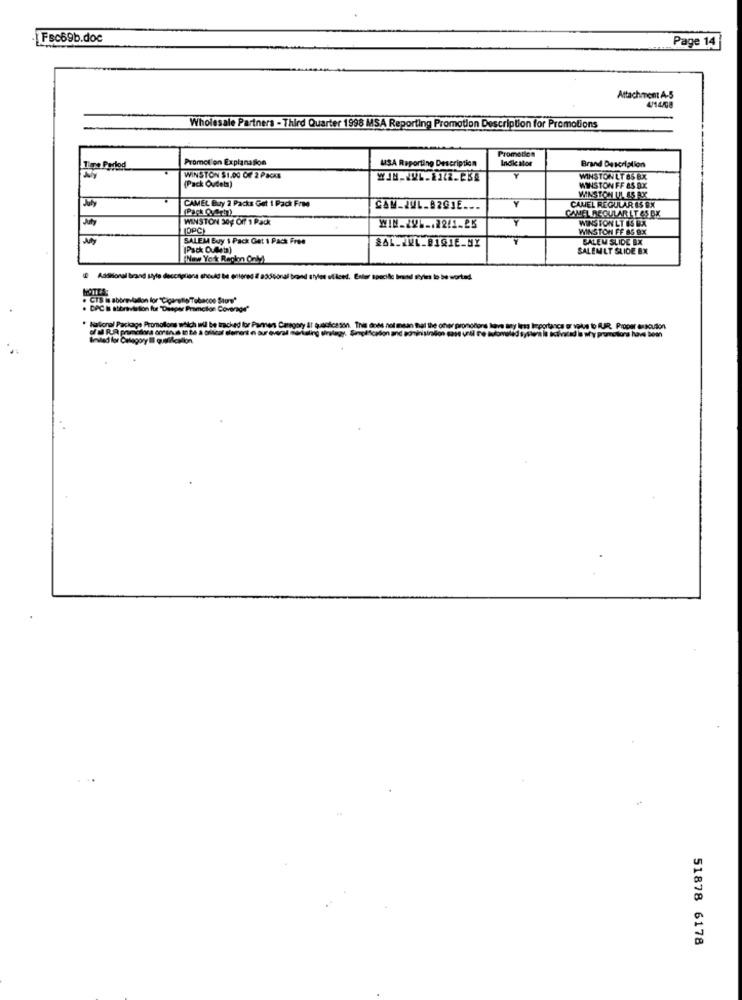
Fsc69b.doc
Page 14
Attachment A-5
Wholesale Partners - Third Quarter 1998 MSA Reporting Promotion Description for Promotions
Promotion
Promotion Explanation
Inok Mor
Tiene Pertod
USA Reporting Description
Brand Description
WINSTON $1.00 Of 2 Packs
Y
WINSTON LT 85 Bx
[Pack Oucet)
WINSTON FF &5 B.X
WINSTON ULASRX
July
CAMEL Buy 2 Packs Get 1 Packt Free
Y
CAMEL REGULAR 15 BX
CAMEL REGULAR LT &S DX
WINSTON 30% Off 1 Pack
Y
WINSTON LT ES BX
WIN_22 ... 22/1-25
WINSTON FF 85 8X
SALEM Buy 1 Pack Gat 1 Pack Free
SALEM SLIDE BX
[Pack Ou4lets)
SALEMLT SLIDE BX
(New York Region Only)
HOTTEA
. DPC I abbreviation fur"Desper Promotion Coverage"
Hallonal Package Promotions which wil be tracked for Pannen Caregory AT patches son. This does not mean that the cher pron
Beited for Celagory Il quefilcallon
51878 6178